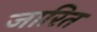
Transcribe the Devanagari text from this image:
जारित